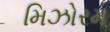
મિઝોરમ